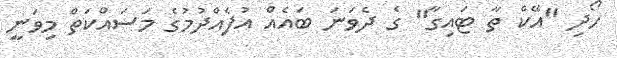
ހޯދި "އޭކް ތާ ޓައިގާ" ގެ ދެވަނަ ބައެއް އުފެއްދުމުގެ މަސައްކަތް މިވަނީ